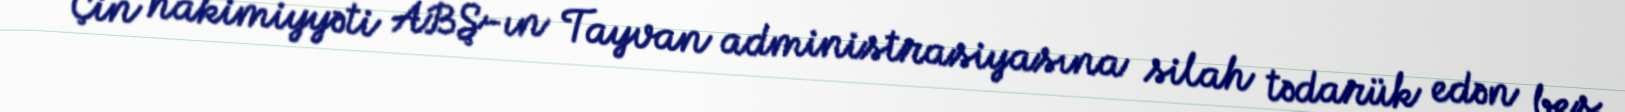
Çin hakimiyyəti ABŞ-ın Tayvan administrasiyasına silah tədarük edən beş